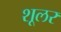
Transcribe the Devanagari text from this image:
शूलर